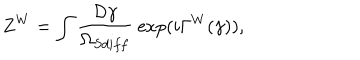
Z ^ { W } = \int { \frac { { \cal D } \gamma } { \Omega _ { S d i f f } } } ~ \mathrm { e x p } ( i \Gamma ^ { W } ( \gamma ) ) ,